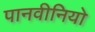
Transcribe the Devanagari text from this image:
पानवीनियो